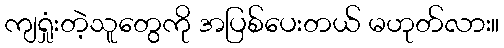
ကျရှုံးတဲ့သူတွေကို အပြစ်ပေးတယ် မဟုတ်လား။